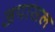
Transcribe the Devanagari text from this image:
अपासल